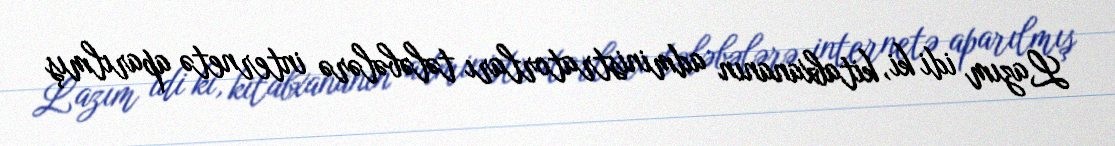
Lazım idi ki, kitabxananın administratorları tələbələrə internetə aparılmış